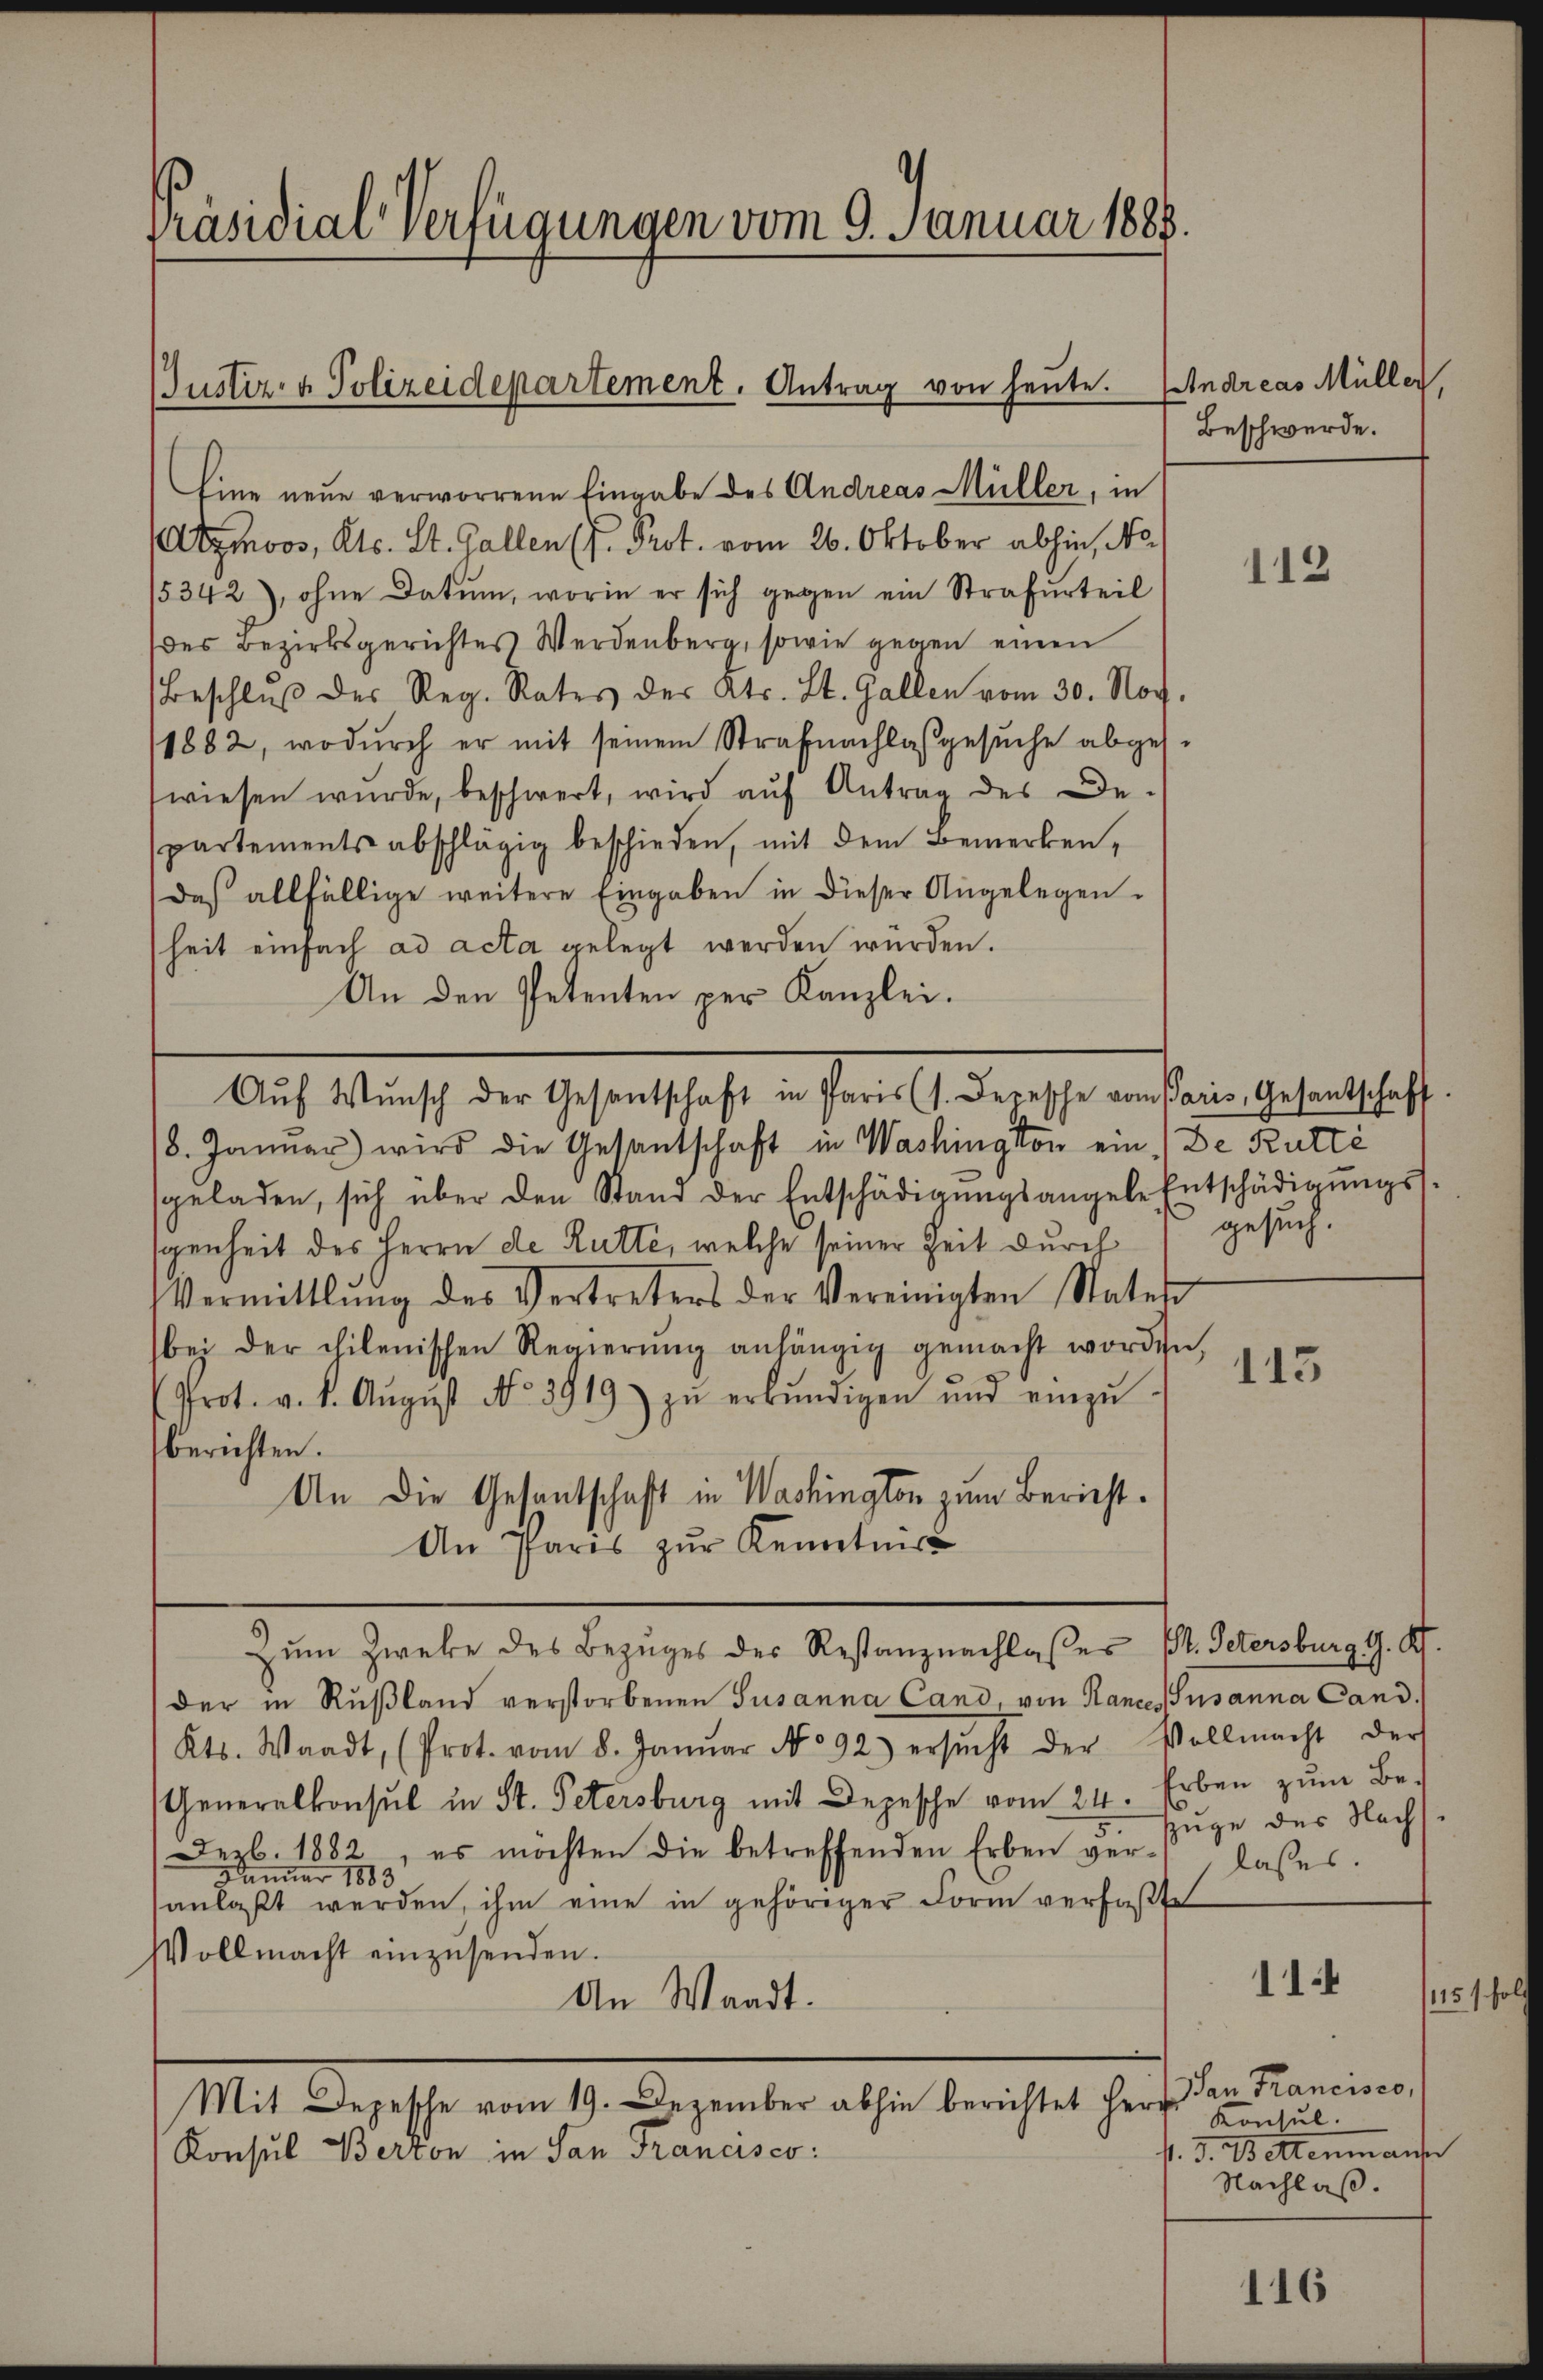
Präsidial-Verfügungen vom 9. Januar 1888.

Justiz- & Polizeidepartement. Antrag von heute.

Eine neue verworrene Eingabe des Andreas Müller, in
Atzmoos, Kts. St. Gallen (I. Prot. vom 26. Oktober abhin, No.
5342), ohne Datum, worin er sich gegen ein Strafurteil
des Bezirksgerichtes Werdenberg, sowie gegen einen
Beschlŭβ des Reg. Rates des Kts. St. Gallen vom 30. Nov.
1882, wodŭrch er mit seinem Strafnachlassgesŭche abgese
wiesen wŭrde, beschwert, wird aŭf Antrag des De-
partements abschlägig beschieden, mit dem Bemerken,
Daß allfällige weitere Eingaben in dieser Angelegen-
heit einfach ad acta gelegt werden würden.
An den Petenten per Kanzlei.
/8. Januar) wird die Gesantschaft in Washington ein (De Rutté
sgeladen, sich über den Stand der Entschädigŭngsangele Entschädigŭngs-
genheit des Herrn de Ratte, welche seiner Zeit durch gesuch.
Vermittlung des Vertreters der Vereinigten Stater
bei der chilenischen Regierŭng anhängig gemacht worden,
Prot. v. 8. Aŭgŭst No. 3919 zŭ erkŭndigen und einzŭ-
berichten.
An die Gesantschaft in Washington zum Bericht¬
An Paris zur Kenntnis
Zum Zwecke des Bezuges des Restanz nachlasses V. Petersburg G. K.
der in Rußland verstorbenen Susanna Cand, von Hances Susanna Cand.
Kts. Waadt, (Prot. vom 8. Janŭar No 92) ersŭcht der Vollmacht der
Generalkonsul in St. Petersburg mit Depesche vom 24. Erben zŭm Be-
Derb. 1882, es möchten die betreffenden Erben ver-
Januar 1883
anlaßt werden, ihm eine in gehöriger Form verfaßte
Vollmacht einzusenden.
An Waadt.
Mit Depesche vom 19. Dezember abhin berichtet herz
Konsul Berton in San Francisco

Aŭf Wunsch der Gesantschaft in Paris (s. Bernsche vom Paris, Gesantschaft

Endreas Müller,
Beschwerde.

112

113

zuge des Nachslasses.

1151 fo
San Francisco,
Konsul
P. F. Vettenmann
Nachlaß.

114

116